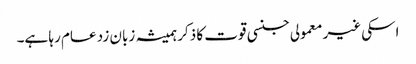
اسکی غیر معمولی جنسی قوت کا ذکر ہمیشہ زبان زد عام رہا ہے۔